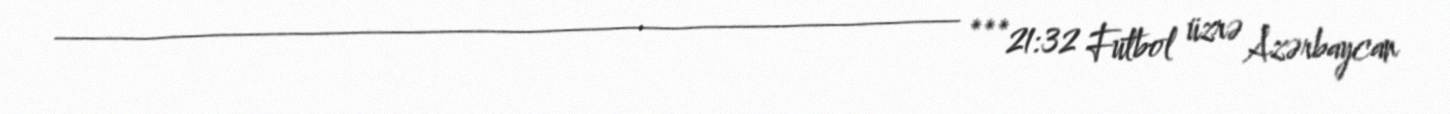
________________________________________ ***21:32 Futbol üzrə Azərbaycan